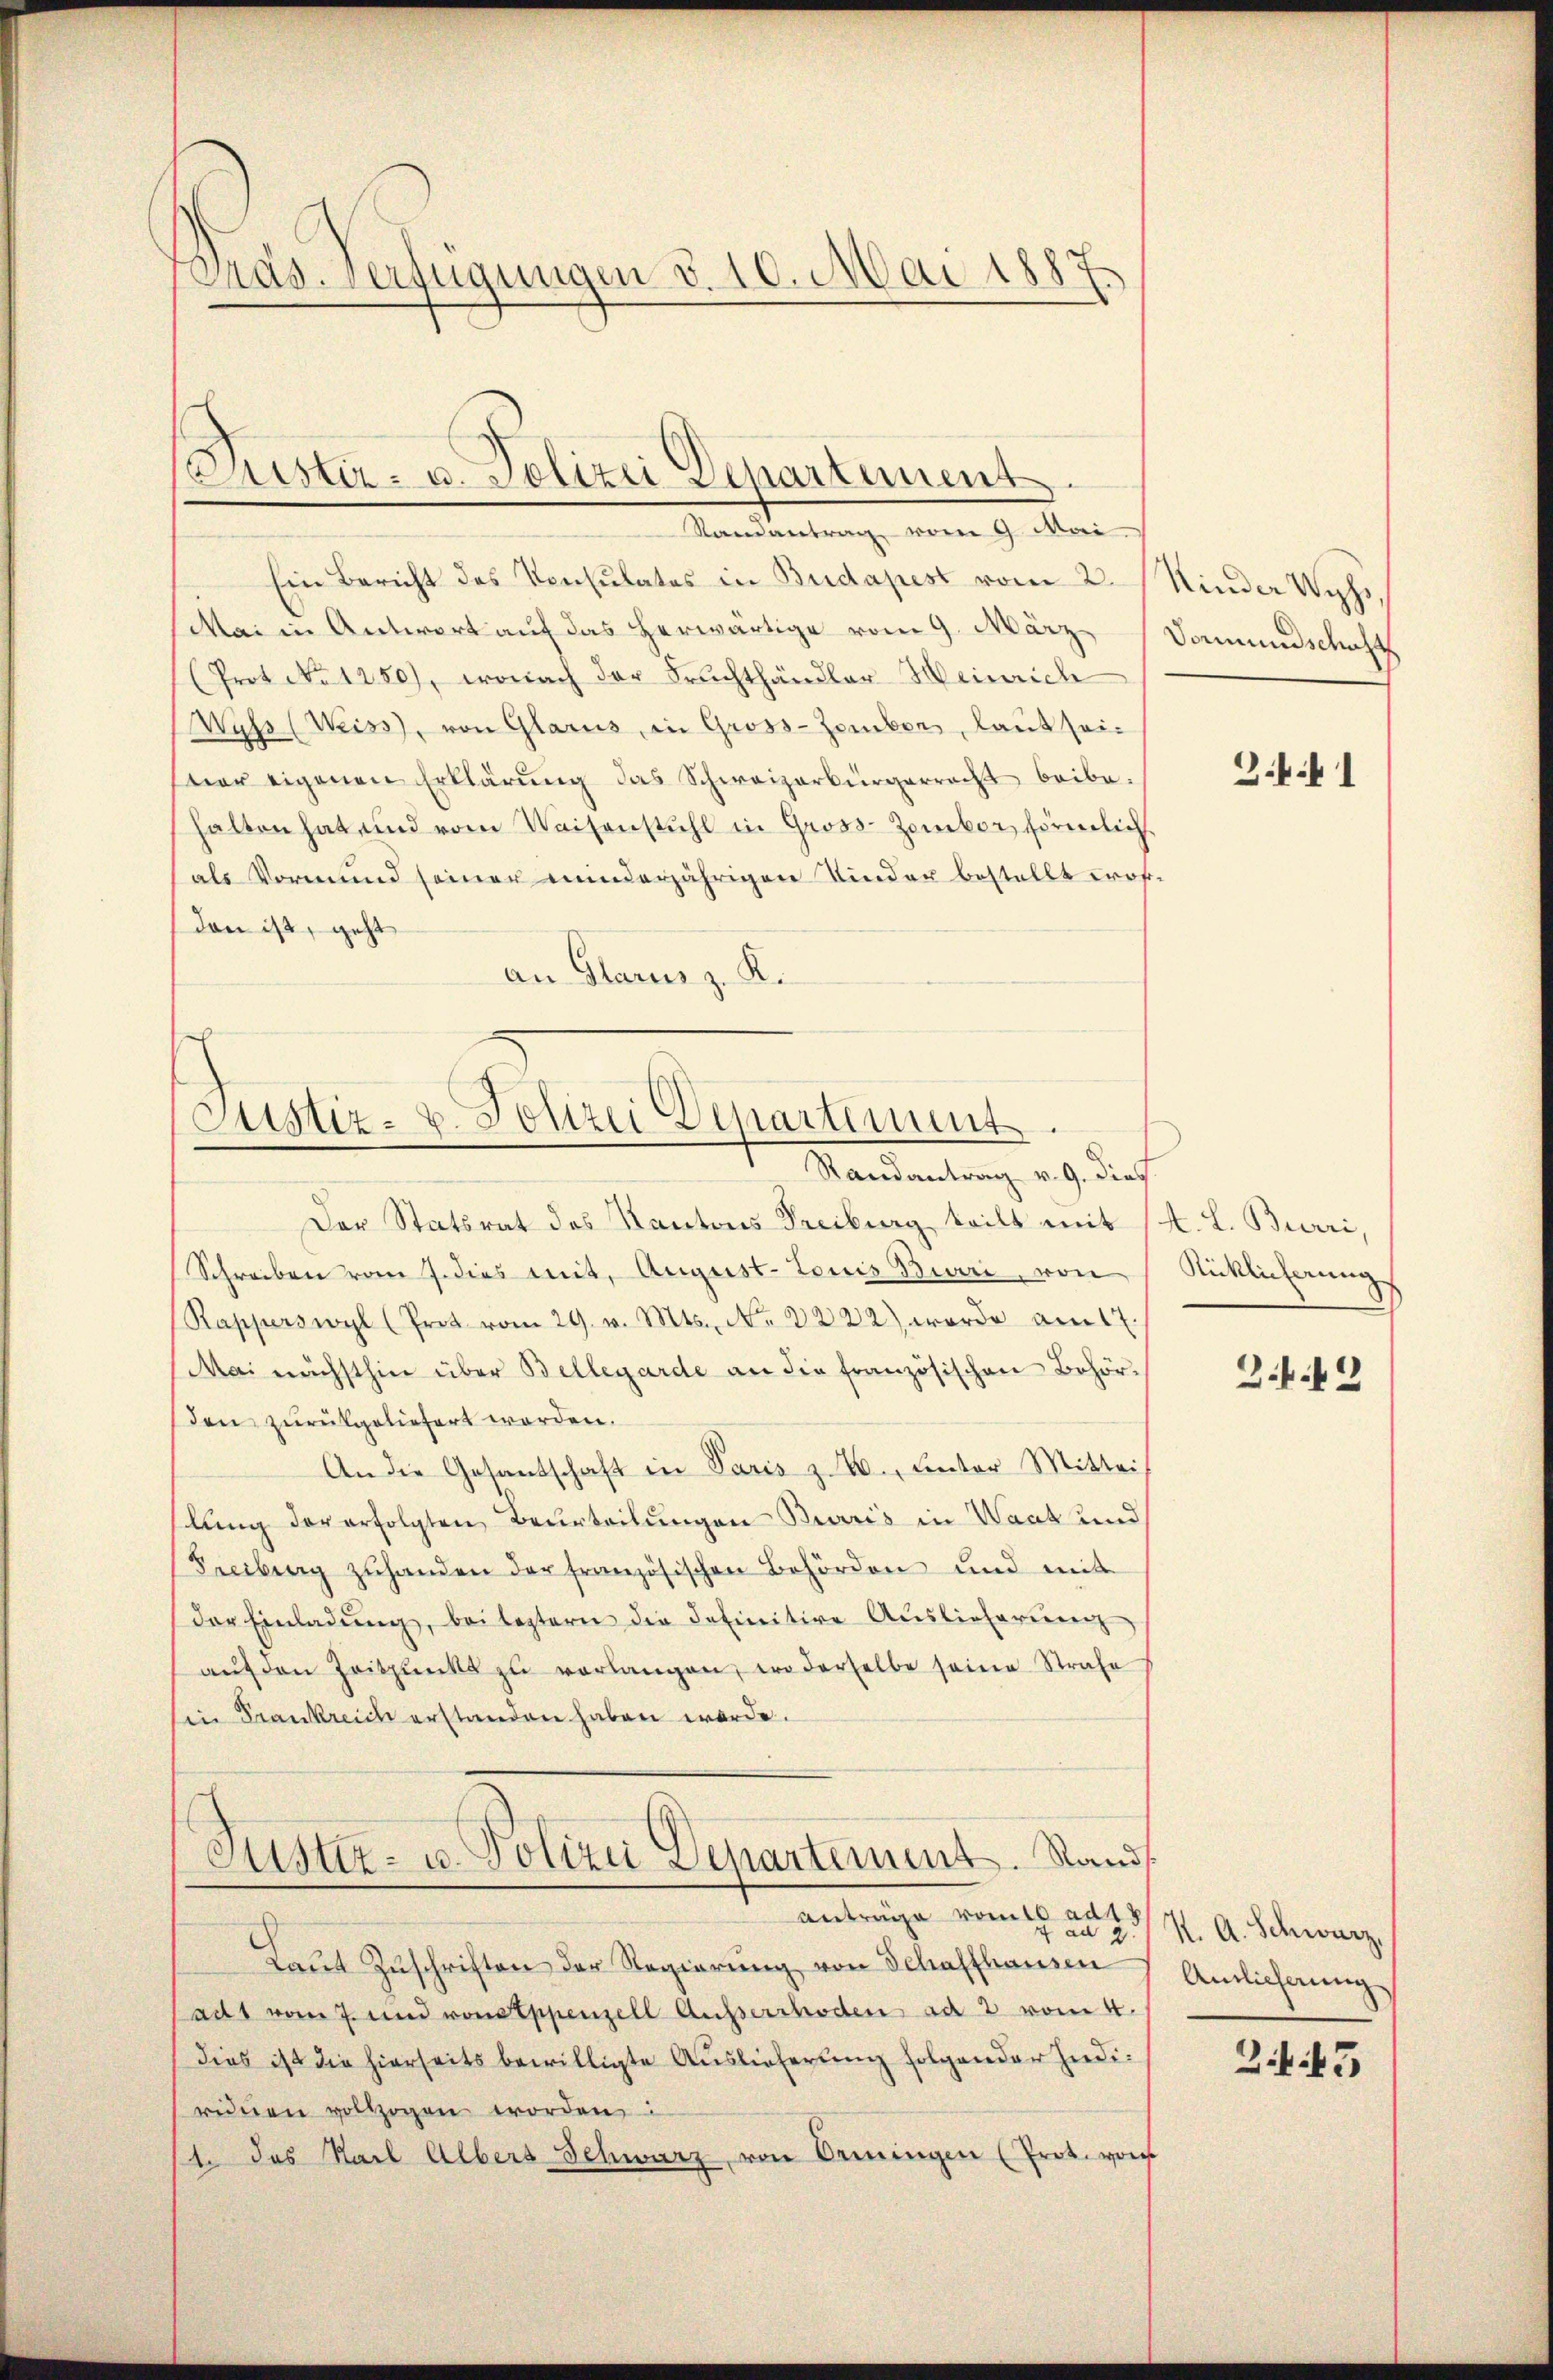
Präs. Verfügungen v. 10. Mai 1887.

Ein Bericht des Konsulates in Budapest vom 2. Kinder Wyss.
Mai in Antwort auf das herwärtige vom 9. März, Domundschaft
(Prot. No 1250), wonach der Fruchthändler Heinrich
Wahs (Weiss, von Glarus, in Gross-Zomber, laut seiwar eigenen Erklärung das Schweizerbürgerrecht beibe-
halten hat und vom Waisenstuhl in Gross-Zambor förmlich
als Vormund seiner minderjährigen Kinder bestellt wordan ist, geht
an Glarus z. K.

Puster- u. Polizei Departement.
Randantrag vom 9. Mai

Justiz- u. Polizei Departiment.
Randantrag v. 9. dies

Der Statsrat des Kantons Freiburg, teilt mit A. L. Burri,
Schreiben vom 7. dies mit, August. Louis Buri von Ricklicherung
Rapperswyl (Prot vom 29. v. Mts., No. 3222) werde am 17.
Mai nächsthin über Bellegarde an die französischen Behör-
den zurückgeliefert worden.
An die Gesantschaft in Paris z. B., unter Mittei
lung der erfolgten Beurteilungen Burris in Waat und
Freiburg zŭhanden der französischen Behörden und mit
der Einladŭng, bei leztern die definitive Auslieferierenz
aŭf den Zeitpunkt zŭ verlangen, wo derselbe seine Strafe
in Frankreich erstanden haben werde.
Justiz- u. Polizei Departement. Stand
antrage komt ad 5
Laut Zuschriften der Regierung von Schaffhausen
adt vom 7. und von Appenzell Ausserrhoden ad 2 vom 4.
dies ist die hierseits bewilligte Auslieferung folgender Indiridien vollzogen worden:
1. Das Karl Albers Schwarz von Ormingen (Prot. von

3.4.1

2.6.42

K. A. Schwarz,
Amlicherung
3 f 45